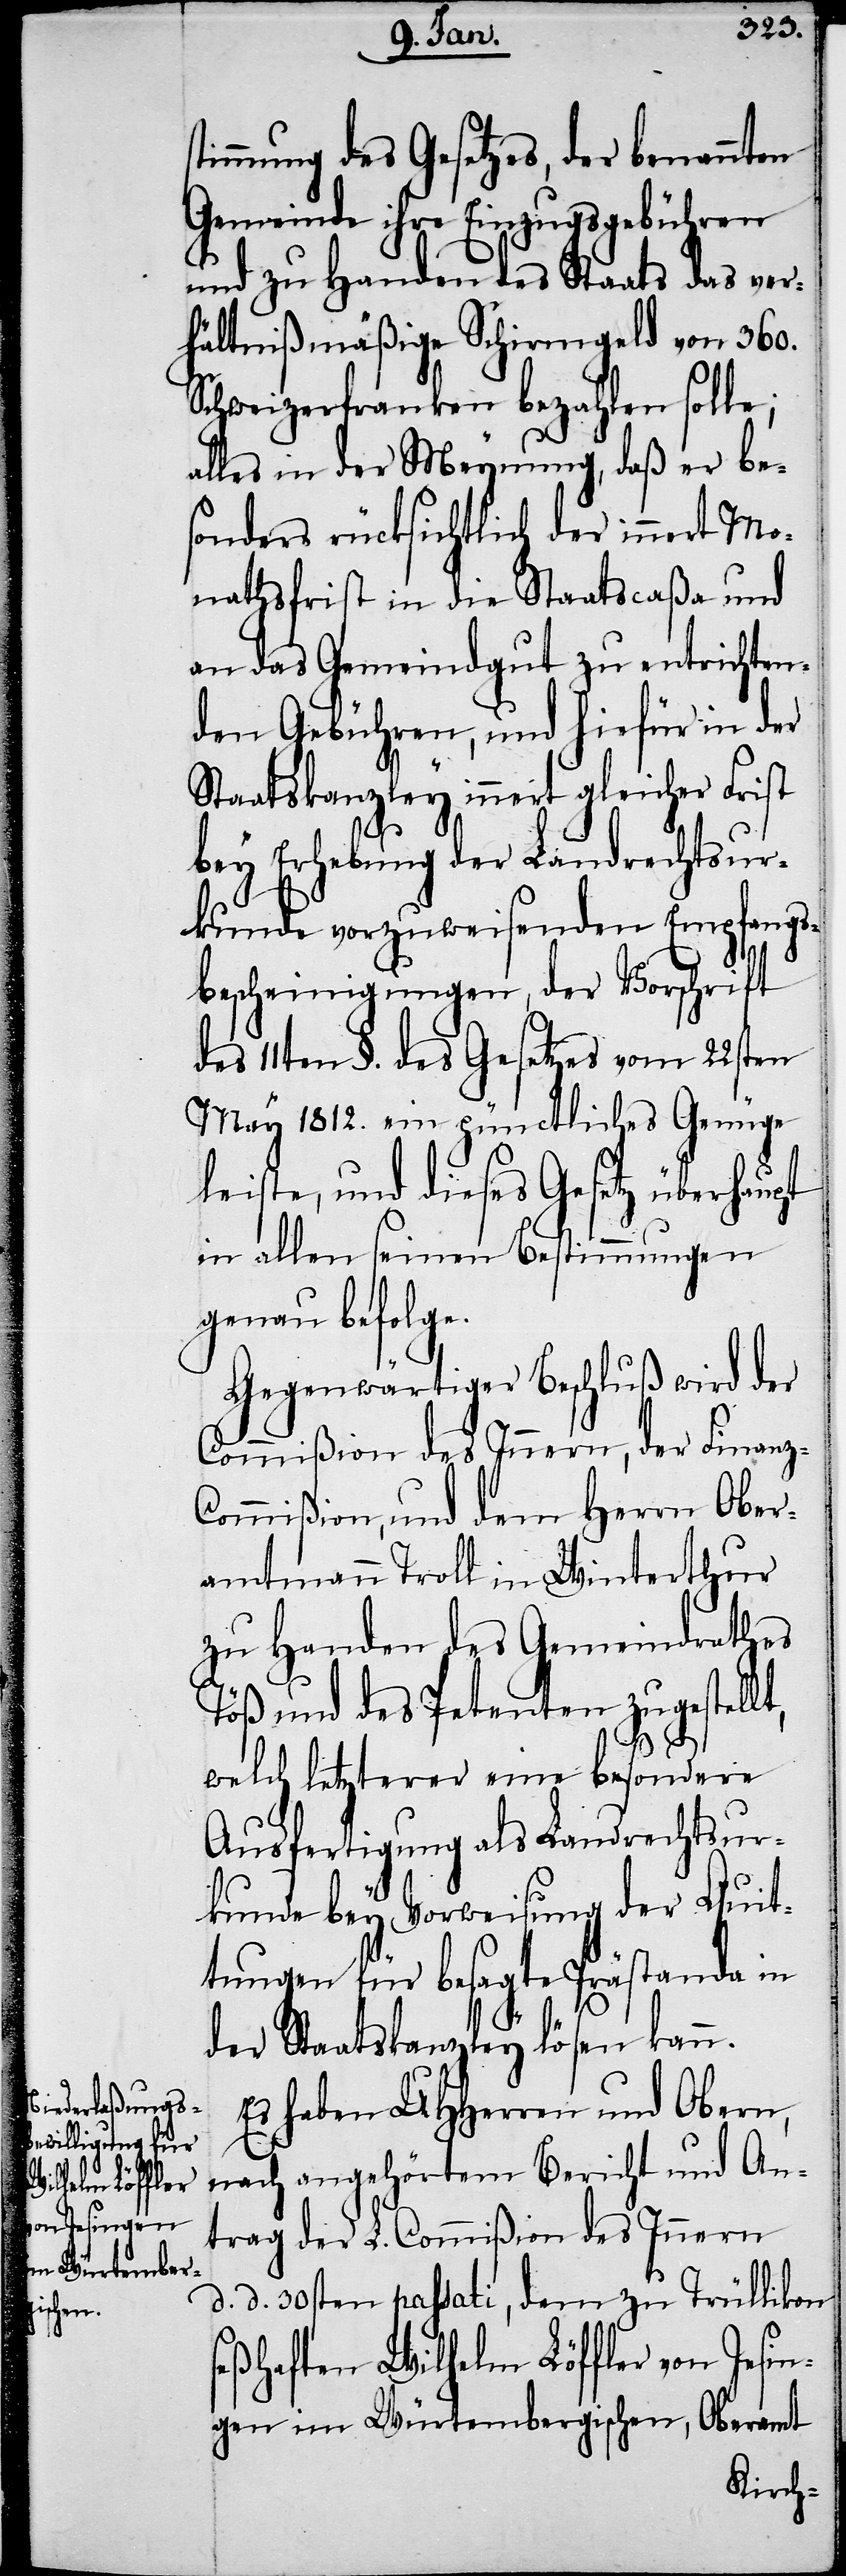
z-C¬
timmung des Gesetzes, der benannten
Gemeinde ihre Einzugsgebühren
und zu Handen des Staats das ver¬
hältnißmäßige Schirmgeld von 360.
Schweizerfranken bezahlen solle;
alles in der Meynung, daß er be¬
sonders rücksichtlich der innert Mo¬
nathsfrist in die Staatscaßa und
an das Gemeindgut zu entrichten¬
den Gebühren, und hiefür in der
Staatskanzley innert gleicher Frist
bey Erhebung der Landrechtsur¬
kunde vorzuweisenden Empfags¬
bescheinigungen, der Vorschrift
11ten §. des Gesetzes vom 22sten
May 1812. ein pünctliches Genüge
leiste, und dieses Gesetz überhaupt
in allen seinen Bestimmungen
genau befolge.
Gegenwärtiger Beschluß wird der
Commißion des Innern, der Finan¬
ommißion, und dem Herrn Ober¬
amtmann Troll in Winterthur
zu Handen des Gemeindrathes
Töß und des Petenten zugestellt,
welch letzterer eine besondere
Ausfertigung als Landrechtsur¬
kunde bey Vorweisung der Quit¬
tungen für besagte Prästanda in
der Staatskanzley lösen kann.
Es haben UHHerren und Obern,
nach angehörtem Bericht und An¬
trag der L. Commißion des Innern
d. d. 30sten passati, dem zu Trüllikon
seßhaften Wilhelm Löffler von Irsin¬
gen im Würtembergischen, Oberamt